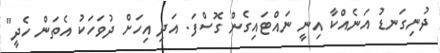
ދުނިގަނޑު އަނެއްކާ އިނީ ނައްޓައިގެން ގޮސްފަ. އަދި އިހަށް ދުވަހަކު އެތަން ހެދީ"